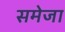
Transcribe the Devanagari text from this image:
समेजा